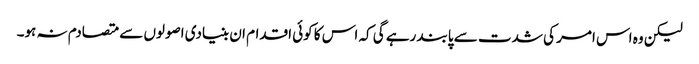
لیکن وہ اس امر کی شدت سے پابند رہے گی کہ اس کا کوئی اقدام ان بنیادی اصولوں سے متصادم نہ ہو۔